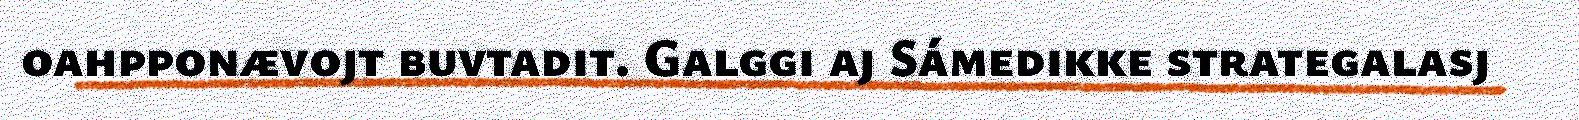
oahpponævojt buvtadit. Galggi aj Sámedikke strategalasj